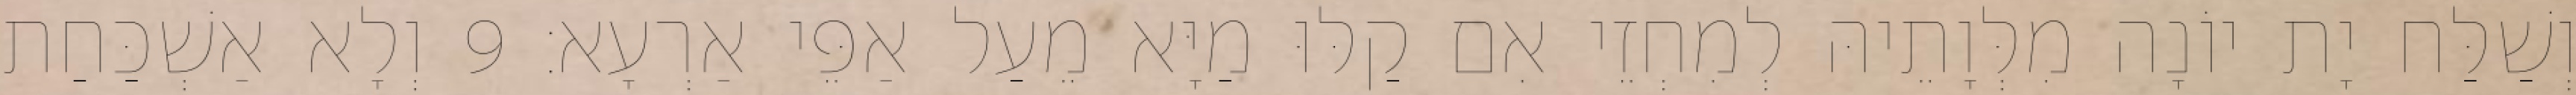
וְשַׁלַּח יָת יוֹנָה מִלְּוָתֵיהּ לְמִחְזֵי אִם קַלּוּ מַיָּא מֵעַל אַפֵּי אַרְעָא׃ 9 וְלָא אַשְׁכַּחַת